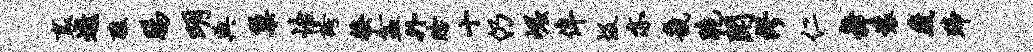
里遨醮肠明典巢怡夸糗盆外眙十仍崛侔圾亦畿脆闻缪仁舞装藏蹄